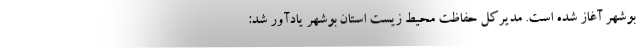
بوشهر آغاز شده است. مدیرکل حفاظت محیط زیست استان بوشهر یادآور شد: